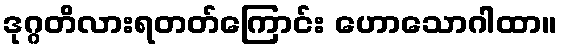
ဒုဂ္ဂတိလားရတတ်ကြောင်း ဟောသောဂါထာ။